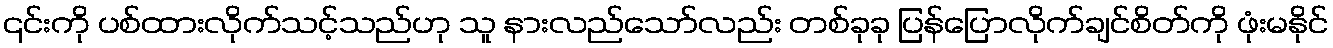
၎င်းကို ပစ်ထားလိုက်သင့်သည်ဟု သူ နားလည်သော်လည်း တစ်ခုခု ပြန်ပြောလိုက်ချင်စိတ်ကို ဖုံးမနိုင်